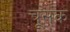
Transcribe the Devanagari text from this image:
चूसक